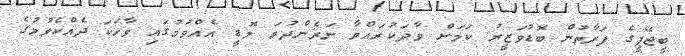
ބީޖޭޕީގެ ފަރާތުން ބޮޑުވަޒީރު ކަމަށް ވާދަކުރައްވާ ނަރެންދުރަ މޮޑީ އެއްވުމުގައި ވާހަކަ ދެއްކެވުމުގެ